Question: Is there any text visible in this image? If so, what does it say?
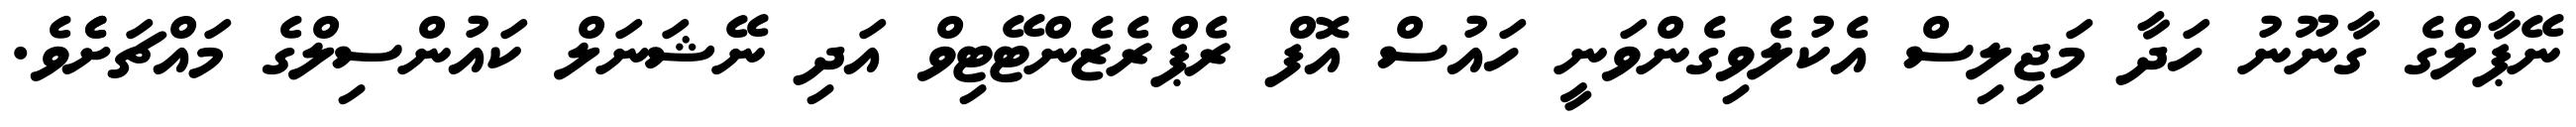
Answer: ނޭޕާލްގެ ގާނޫނު ހަދާ މަޖިލިސް އެކުލެވިގެންވަނީ ހައުސް އޮފް ރެޕްރެޒެންޓޭޓިވް އަދި ނޭޝަނަލް ކައުންސިލްގެ މައްޗަށެެވެ.